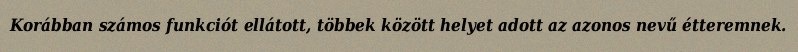
Korábban számos funkciót ellátott, többek között helyet adott az azonos nevű étteremnek.